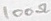
Text: 100Ω